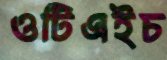
ওটিএইচ